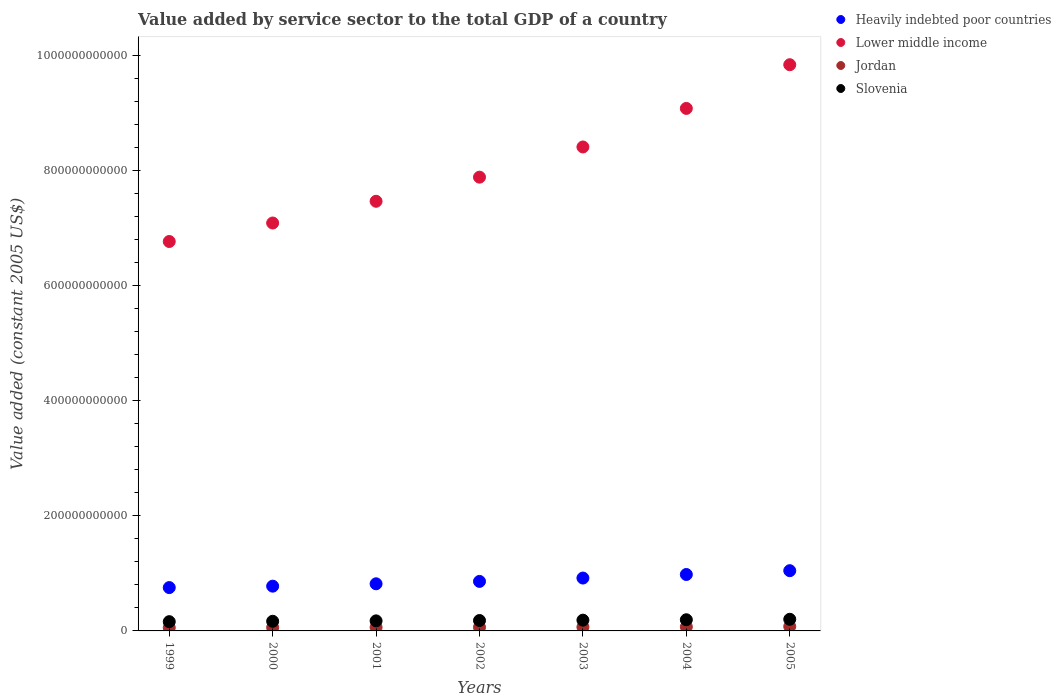
| Years | Heavily indebted poor countries | Lower middle income | Jordan | Slovenia |
 | --- | --- | --- | --- | --- |
 | 1999 | 7.53e+10 | 6.77e+11 | 5.62e+09 | 1.61e+10 |
 | 2000 | 7.78e+10 | 7.09e+11 | 5.9e+09 | 1.68e+10 |
 | 2001 | 8.19e+10 | 7.46e+11 | 6.19e+09 | 1.75e+10 |
 | 2002 | 8.6e+10 | 7.88e+11 | 6.33e+09 | 1.81e+10 |
 | 2003 | 9.19e+10 | 8.41e+11 | 6.64e+09 | 1.87e+10 |
 | 2004 | 9.8e+10 | 9.08e+11 | 7.09e+09 | 1.94e+10 |
 | 2005 | 1.05e+11 | 9.84e+11 | 7.67e+09 | 2.02e+10 |